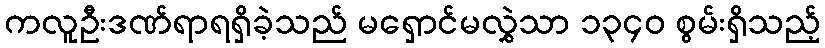
ကလူဦးဒဏ်ရာရရှိခဲ့သည် မရှောင်မလွှဲသာ ၁၃၄၀ စွမ်းရှိသည့်